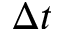
\Delta t